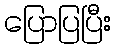
ပြောပြပြီး